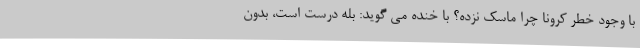
با وجود خطر کرونا چرا ماسک نزده؟ با خنده می گوید: بله درست است، بدون